Report on certain features of malaria in the island of Salsette
Disease focus: Malaria
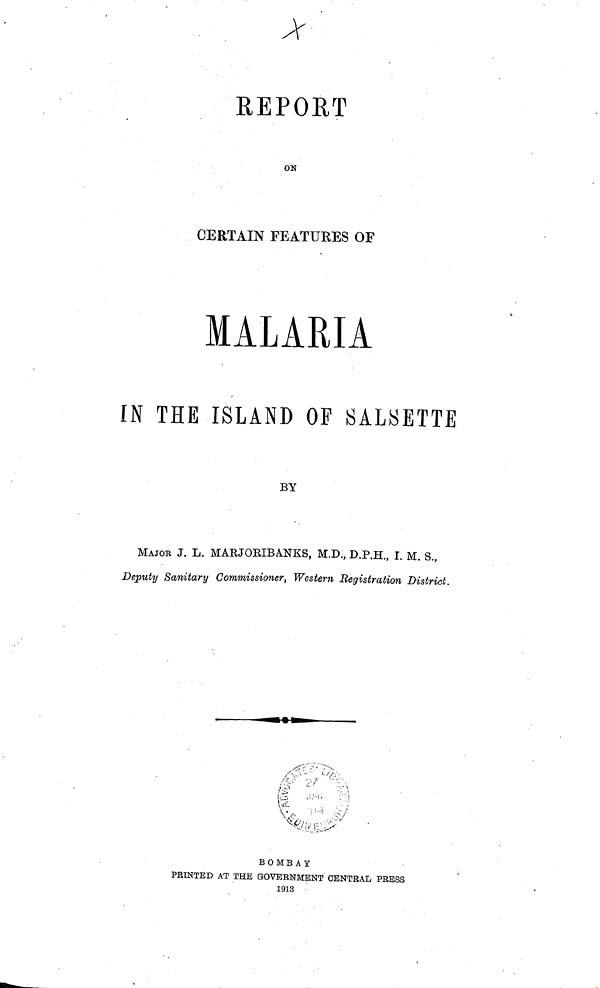
REPORT
ON
CERTAIN FEATURES OF
MALARIA
IN THE ISLAND OF SALSETTE
BY
MAJOR J. L. MARJORIBANKS, M.D., D.P.H., I. M. S.,
Deputy Sanitary Commissioner, Western Registration District.
BOMBAY
PRINTED AT THE GOVERNMENT CENTRAL PRESS
1913